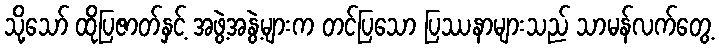
သို့သော် ထိုပြဇာတ်နှင့် အဖွဲ့အနွဲ့များက တင်ပြသော ပြဿနာများသည် သာမန်လက်တွေ့